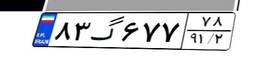
۴۲گ۶۷۳۳۳